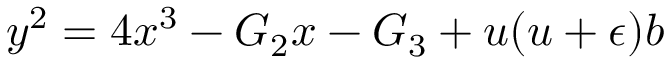
y ^ { 2 } = 4 x ^ { 3 } - { \cal { G } } _ { 2 } x - { \cal { G } } _ { 3 } + u ( u + \epsilon ) b